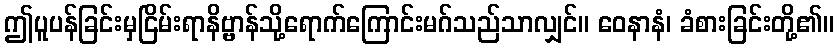
ဤပူပန်ခြင်းမှငြိမ်းရာနိဗ္ဗာန်သို့ရောက်ကြောင်းမဂ်သည်သာလျှင်။ ဝေနာနံ၊ ခံစားခြင်းတို့၏။